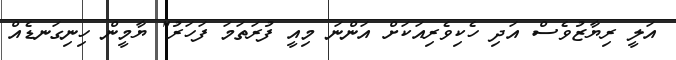
އަލީ ރިޔާޒުވެސް އަދި ހެކިވެރިއަކަށް އަންނަ މިއީ ފުރަތަމަ ފަހަރު" ޔާމީން ހިނިގަނޑެއް